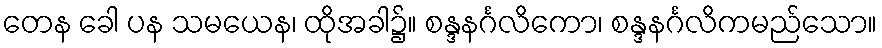
တေန ခေါ ပန သမယေန၊ ထိုအခါ၌။ စန္ဒနင်္ဂလိကော၊ စန္ဒနင်္ဂလိကမည်သော။